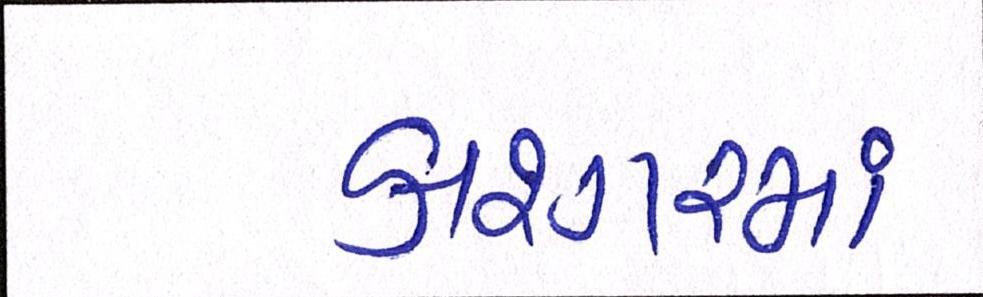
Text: કાશ્ગરમાં